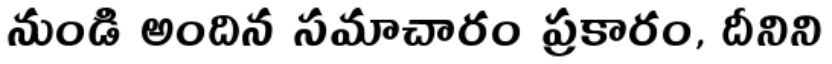
నుండి అందిన సమాచారం ప్రకారం, దీనిని